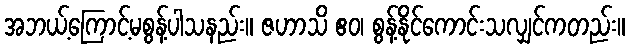
အဘယ့်ကြောင့်မစွန့်ပါသနည်း။ ဇဟာသိ ဧဝ၊ စွန့်နိုင်ကောင်းသလျှင်ကတည်း။